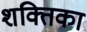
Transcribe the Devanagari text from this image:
शक्तिका